Report on sanitation, dispensaries, and jails in Rajputana for 1920, and on vaccination for the year 1920-1921 - 1920-1921
Year: 1920
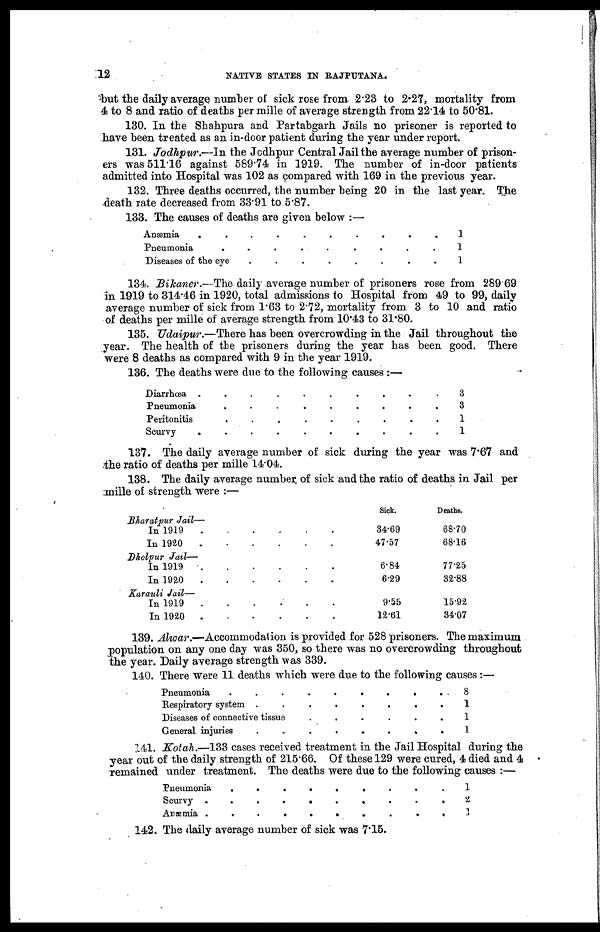
12
NATIVE STATES IN RAJPUTANA.
but the daily average number of sick rose from 2.23 to 2.27, mortality from
4 to 8 and ratio of deaths per mille of average strength from 22.14 to 50.81.
130. In the Shahpura and Partabgarh Jails no prisoner is reported to
have been treated as an in-door patient during the year under report.
131. Jodhpur.—In the Jodhpur Central Jail the average number of prison-
ers was 511.16 against 589.74 in 1919. The number of in-door patients
admitted into Hospital was 102 as compared with 169 in the previous year.
132. Three deaths occurred, the number being 20 in the last year. The
death rate decreased from 33.91 to 5.87.
133. The causes of deaths are given below :—
Anæmia . . . . .
Pneumonia . . . .
Diseases of the eye
.
.
.
.
1
1
1
134. Bikaner.—The daily average number of prisoners rose from 289 69
in 1919 to 314.46 in 1920, total admissions to Hospital from 49 to 99, daily
average number of sick from 1.63 to 2.72, mortality from 3 to 10 and ratio
of deaths per mille of average strength from 10.43 to 31.80.
135. Udaipur.—There has been overcrowding in the Jail throughout the
year. The health of the prisoners during the year has been good. There
were 8 deaths as compared with 9 in the year 1919.
136. The deaths were due to the following causes :—
Diarrhœa . . . . . .
Pneumonia
.
.
.
.
.
Peritonitis
.
.
.
.
Scurvy . . . . .
3
3
1
1
137. The daily average number of sick during the year was 7.67 and
the ratio of deaths per mille 14.04.
138. The daily average number of sick and the ratio of deaths in Jail per
mille of strength were :—
Sick.
Deaths.
Bharatpur Jail—
In 1919
.
.
.
.
.
In 1920
.
.
.
.
.
34.69
47.57
68.70
68.16
Dholpur Jail—
In 1919
.
.
.
.
In 1920
.
.
.
.
6.84
6.29
77.25
32.88
Karauli Jail—
In 1919
.
.
.
.
In 1920
.
.
.
9.55
12.61
15.92
34.07
139. Alwar.—Accommodation is provided for 528 prisoners. The maximum
population on any one day was 350, so there was no overcrowding throughout
the year. Daily average strength was 339.
140. There were 11 deaths which were due to the following causes :—
Pneumonia . . . . .
Respiratory system . . . .
Diseases of connective tissue
.
.
.
.
General injuries
.
.
.
.
8
1
1
1
141. Kotah.—133 cases received treatment in the Jail Hospital during the
year out of the daily strength of 215.66. Of these 129 were cured, 4 died and 4
remained under treatment. The deaths were due to the following causes :—
Pneumonia . . . . .
Scurvy . . . .
Anæmia
.
.
.
.
1
2
1
142. The daily average number of sick was 7.15.